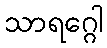
သာရဂ္ဂေါ